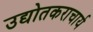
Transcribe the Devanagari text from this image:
उद्योतकराचार्य